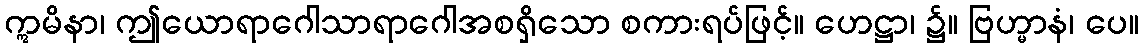
ဣမိနာ၊ ဤယောရာဂေါသာရာဂေါအစရှိသော စကားရပ်ဖြင့်။ ဟေဋ္ဌာ၊ ၌။ ဗြဟ္မာနံ၊ ပေ။